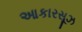
આકારસૂઝ